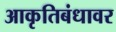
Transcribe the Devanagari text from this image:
आकृतिबंधावर